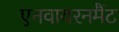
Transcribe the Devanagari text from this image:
एनवायरनमैंट